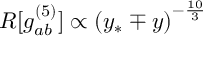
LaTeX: R [ g _ { a b } ^ { ( 5 ) } ] \propto \left( y _ { * } \mp y \right) ^ { - \frac { 1 0 } { 3 } }